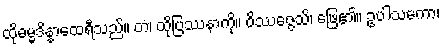
ထိုဓမ္မဒိန္နာထေရီသည်။ တံ၊ ထိုပြဿနာကို။ ဝိဿဇ္ဇေသိ၊ ဖြေ၏။ ဥပါသကော၊